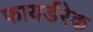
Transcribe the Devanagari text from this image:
फायर्डरेक